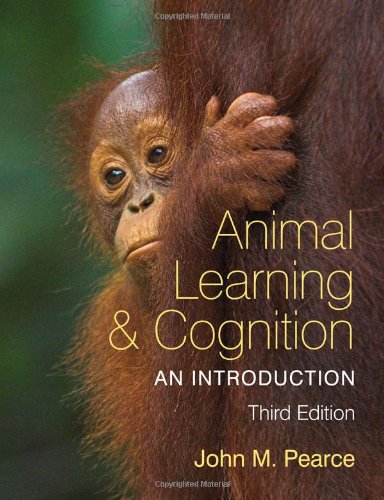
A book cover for The Resource Library: Animal Learning and Cognition, 3rd Edition: An Introduction; John M. Pearce; Medical Books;